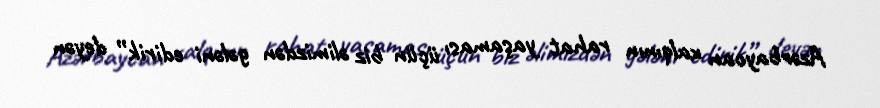
Azərbaycan xalqının rahat yaşaması üçün biz əlimizdən gələni edirik” deyən